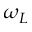
\omega _ { L }